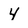
Character: 4